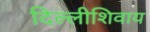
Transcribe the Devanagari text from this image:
दिल्लीशिवाय